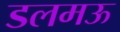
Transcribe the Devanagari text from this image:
डलमऊ